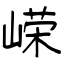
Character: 嵘